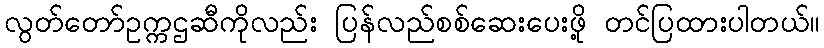
လွတ်တော်ဥက္ကဌဆီကိုလည်း ပြန်လည်စစ်ဆေးပေးဖို့ တင်ပြထားပါတယ်။